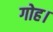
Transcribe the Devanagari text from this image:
गोह।